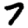
Digit: 7